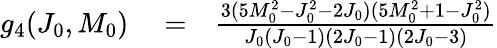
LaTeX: \begin{array}{rlr}{g_{4}(J_{0},M_{0})}&{{}=}&{\frac{3(5M_{0}^{2}-J_{0}^{2}-2J_{0})(5M_{0}^{2}+1-J_{0}^{2})}{J_{0}(J_{0}-1)(2J_{0}-1)(2J_{0}-3)}}\end{array}